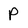
Character: P